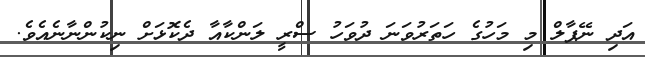
އަދި ނޭޕާލް މި މަހުގެ ހަތަރުވަނަ ދުވަހު ސްރީ ލަންކާއާ ދެކޮޅަށް ނިކުންނާނެއެވެ.